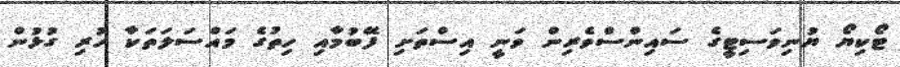
ޓޯކިޔޯ ޔުނިވަސިޓީގެ ސައިންސްވެރިން ވަނީ އިސްތަށި ފޭބުމާއި ހިތުގެ މައްސަލަތަކާ ހުރި ގުޅުން